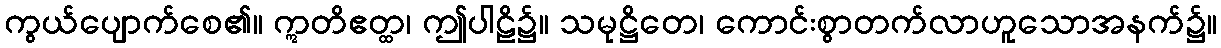
ကွယ်ပျောက်စေ၏။ ဣတိဧတ္ထ၊ ဤပါဠိ၌။ သမုဋ္ဌိတေ၊ ကောင်းစွာတက်လာဟူသောအနက်၌။